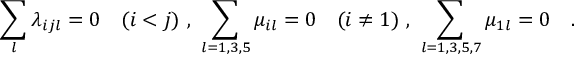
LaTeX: \sum _ { l } \lambda _ { i j l } = 0 \quad ( i < j ) \ , \ \sum _ { \tiny l = 1 , 3 , 5 } \mu _ { i l } = 0 \quad ( i \neq 1 ) \ , \ \sum _ { \tiny l = 1 , 3 , 5 , 7 } \mu _ { 1 l } = 0 \quad .